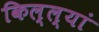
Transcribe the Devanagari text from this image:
किल्ल्यां